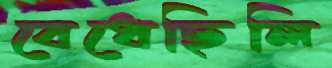
বেধেছিলি